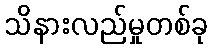
သိနားလည်မှုတစ်ခု